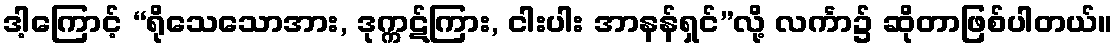
ဒါ့ကြောင့် “ရိုသေသောအား, ဒုက္ကဋ်ကြား, ငါးပါး အာနန်ရှင်”လို့ လင်္ကာ၌ ဆိုတာဖြစ်ပါတယ်။